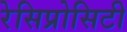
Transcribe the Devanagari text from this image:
रेसिप्रोसिटी